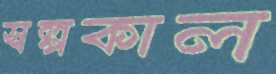
স্বল্পকাল